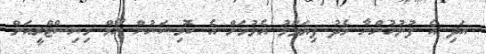
އަދި އެ ފުލުހުންނާ މެދު ފިޔަވަޅު އެޅުމަށް އެ ކޮމިޝަނުން ހޯމް މިނިސްޓްރީއަށް